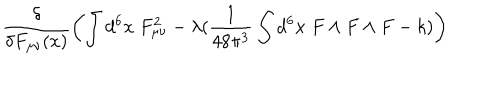
\frac { \delta } { \delta F _ { \mu \nu } ( x ) } \left( \int d ^ { 6 } x \; F _ { \mu \nu } ^ { 2 } - \lambda ( \frac { 1 } { 4 8 \pi ^ { 3 } } \int d ^ { 6 } x \; F \wedge F \wedge F - k ) \right)